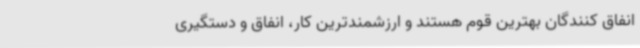
انفاق کنندگان بهترین قوم هستند و ارزشمندترین کار، انفاق و دستگیری